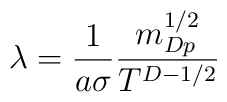
\lambda = \frac{1}{a \sigma} \frac{m_{Dp}^{1/2}}{T^{D-1/2}}